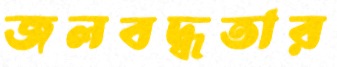
জলবদ্ধতার